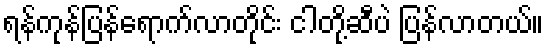
ရန်ကုန်ပြန်ရောက်လာတိုင်း ငါတို့ဆီပဲ ပြန်လာတယ်။